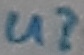
Text: u?